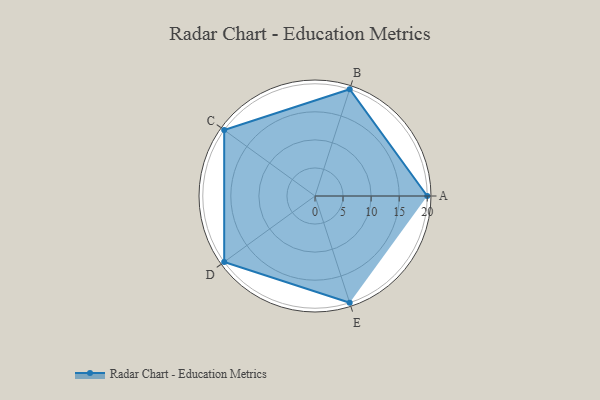
{"axis": {"x": "Skill", "y": "Score"}, "legend": ["Profile"], "data": [{"x": "A", "y": 20.0, "type": "Profile"}, {"x": "B", "y": 20, "type": "Profile"}, {"x": "C", "y": 20, "type": "Profile"}, {"x": "D", "y": 20, "type": "Profile"}, {"x": "E", "y": 20, "type": "Profile"}]}